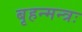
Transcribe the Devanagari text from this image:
बृहन्मन्त्रः